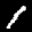
Digit: 8